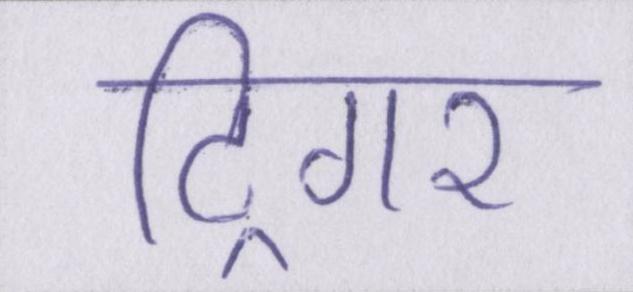
ट्रिगर